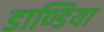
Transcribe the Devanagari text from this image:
डाण्डिया